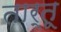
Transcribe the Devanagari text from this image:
तार्तू